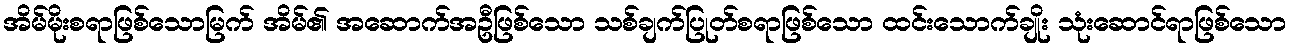
အိမ်မိုးစရာဖြစ်သောမြက် အိမ်၏ အဆောက်အဦဖြစ်သော သစ်ချက်ပြုတ်စရာဖြစ်သော ထင်းသောက်ချိုး သုံးဆောင်ရာဖြစ်သော